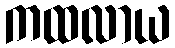
ကထလာယ